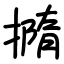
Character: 撱